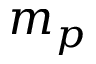
m _ { p }